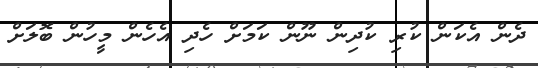
ދެން އެކަން ކުރި ކުދިން ނޫން ކަމަށް ހެދި އެހެން މީހުން ބޮލަށް